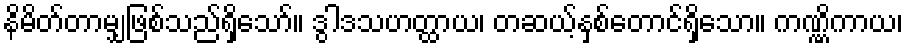
နိမိတ်တာမျှဖြစ်သည်ရှိသော်။ ဒွါဒသဟတ္ထာယ၊ တဆယ့်နှစ်တောင်ရှိသော။ ကဏ္ဏိကာယ၊